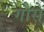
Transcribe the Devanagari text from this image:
गौसें